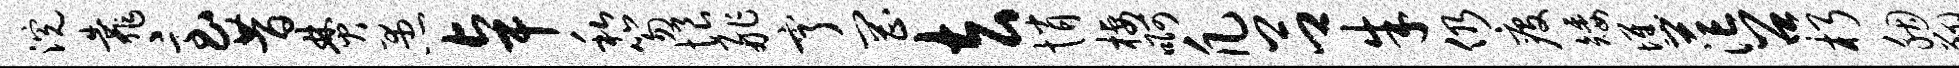
浣靠急昔焚愚卓私笏恨舴亨罔去悄栖啊凡吕朱仍疫矮憔茫召朽胭翔